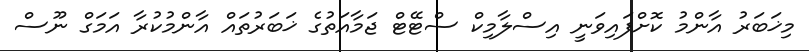
މިޚަބަރު އާންމު ކޮށްފައިވަނީ އިސްލާމިކް ސްޓޭޓް ޖަމާއަތުގެ ޚަބަރުތައް އާންމުކުރާ އަމަގް ނޫސް